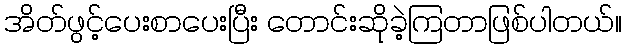
အိတ်ဖွင့်ပေးစာပေးပြီး တောင်းဆိုခဲ့ကြတာဖြစ်ပါတယ်။